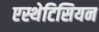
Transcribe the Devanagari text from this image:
एस्थेटिसियन